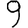
Digit: 9